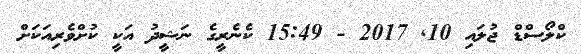
ކްލޯސްޑް ޖުލައި 10